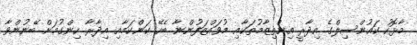
މާޅޮހު ކައުންސިލްގެ އިދާރީ އިންތިޒާމުތަކާއި މުވައްޒަފުންނާ ބެހޭ ކަންކަމާއި އިދާރާ ހިންގުމަށް ބޭނުންވާ